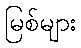
မြစ်များ